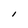
Character: I